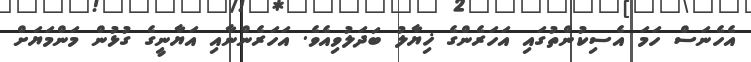
އެހެނަސް ހަމަ އެސިކުންތުގައި އަހަރެންގެ ޚިޔާލު ބަދަލުވިއެވެ. އަހަރެންނާއި އަޔާނީގެ ގުޅުން މަންމަޔަށް